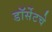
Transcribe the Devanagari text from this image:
डॉर्सेटचे